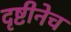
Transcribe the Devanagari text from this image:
दृष्टीनेच